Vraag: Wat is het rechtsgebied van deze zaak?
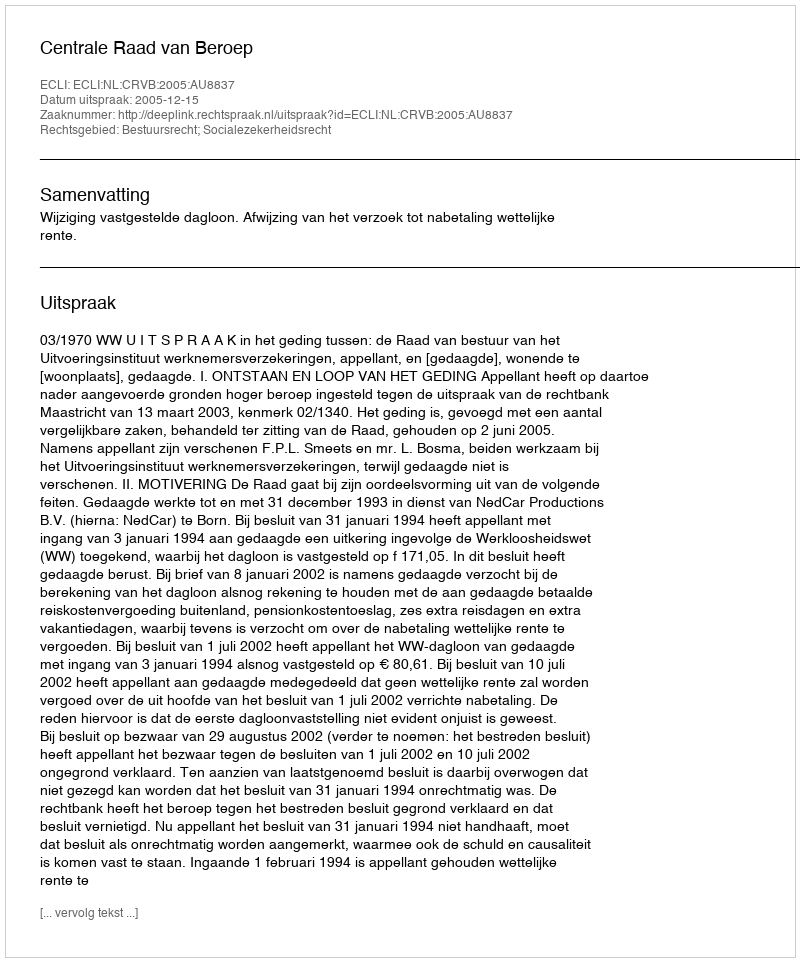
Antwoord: Bestuursrecht; Socialezekerheidsrecht